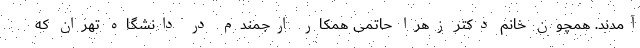
آمدند. همچون خانم دکتر زهرا حاتمی همکار ارجمندم در دانشگاه تهران که